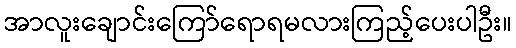
အာလူးချောင်းကြော်ရောရမလားကြည့်ပေးပါဦး။